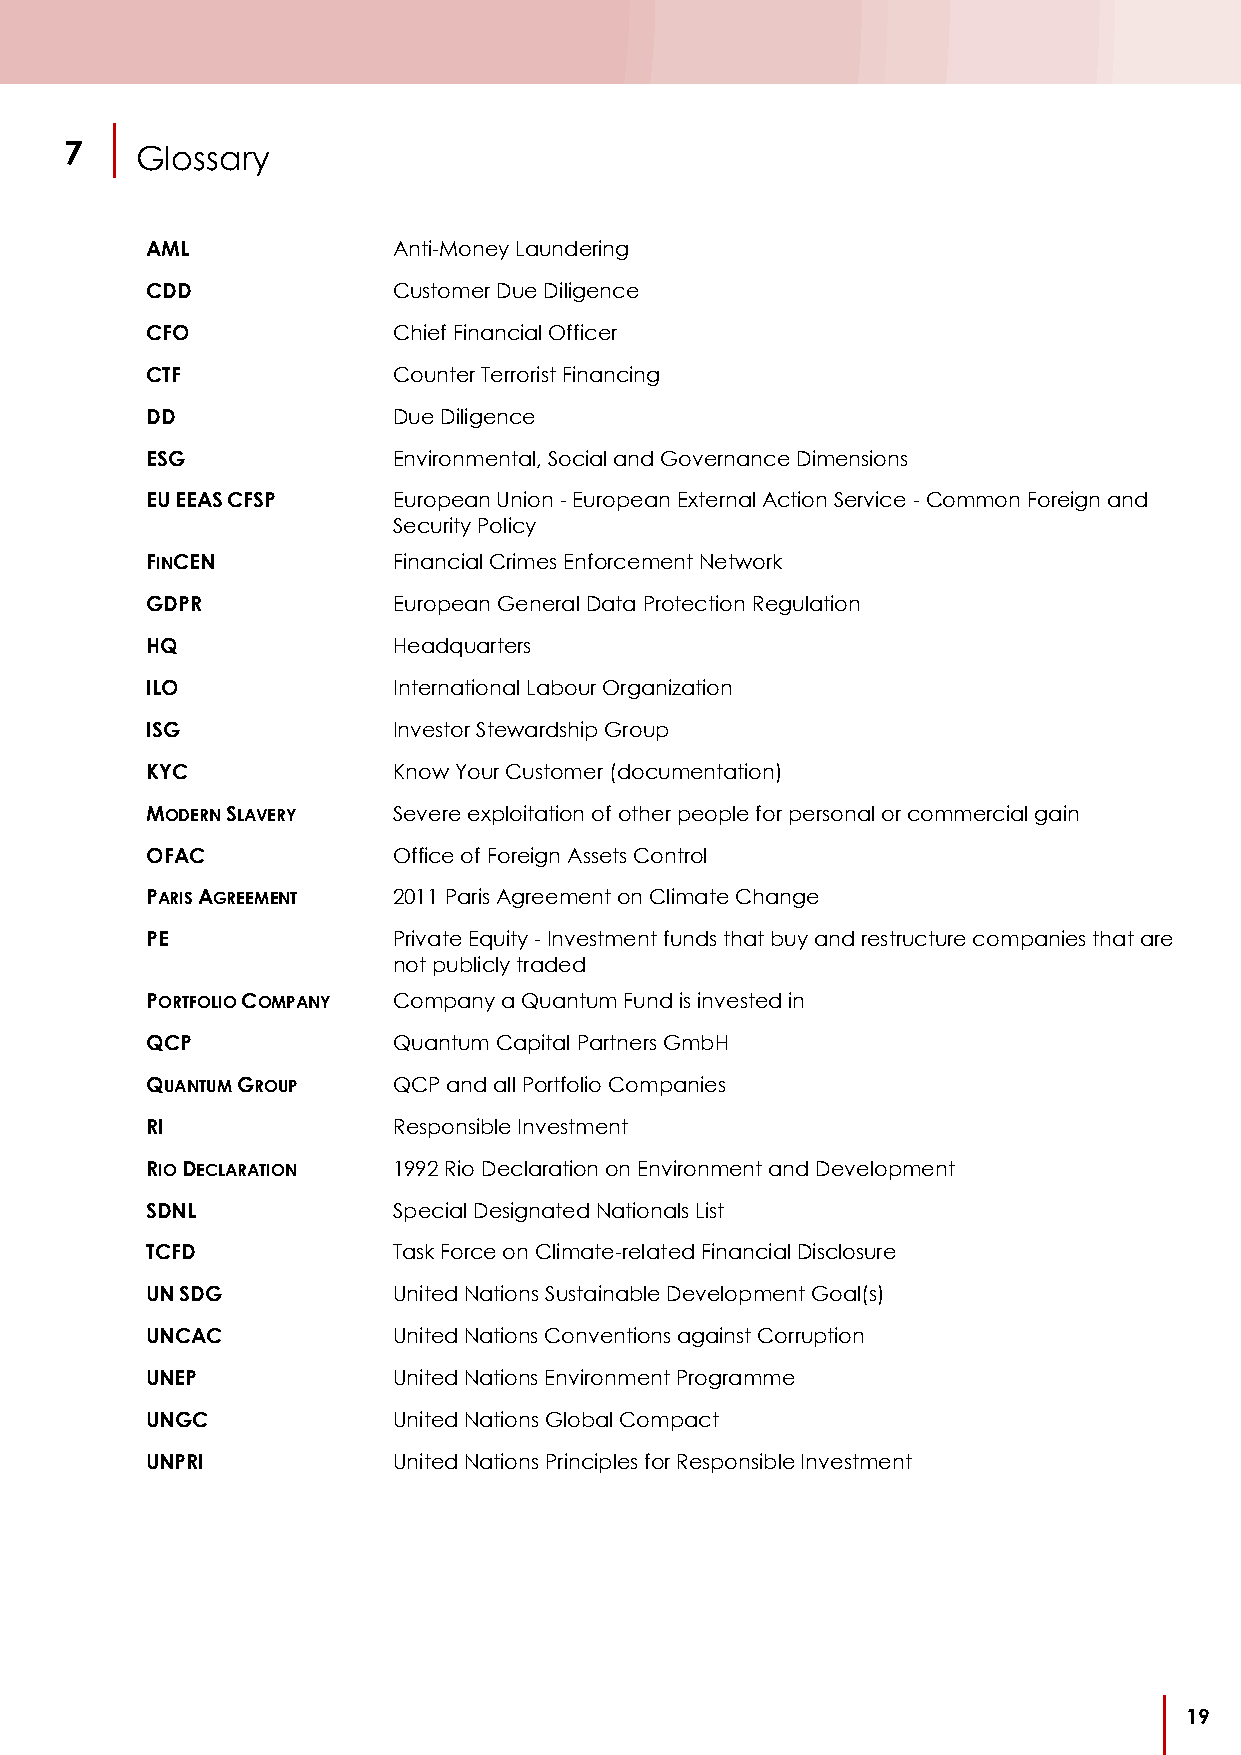
7    Glossary
 7
 AML             Anti-Money Laundering
 CDD             Customer Due Diligence
 CFO             Chief Financial Officer
 CTF             Counter Terrorist Financing
 DD              Due Diligence
 ESG             Environmental, Social and Governance Dimensions
 EU EEAS CFSP    European Union - European External Action Service - Common Foreign and
 Security Policy
 FINCEN          Financial Crimes Enforcement Network
 GDPR            European General Data Protection Regulation
 HQ              Headquarters
 ILO             International Labour Organization
 ISG             Investor Stewardship Group
 KYC             Know Your Customer (documentation)
 MODERN SLAVERY  Severe exploitation of other people for personal or commercial gain
 OFAC            Office of Foreign Assets Control
 PARIS AGREEMENT 2011 Paris Agreement on Climate Change
 PE              Private Equity - Investment funds that buy and restructure companies that are
 not publicly traded
 PORTFOLIO COMPANY Company a Quantum Fund is invested in
 QCP             Quantum Capital Partners GmbH
 QUANTUM GROUP   QCP and all Portfolio Companies
 RI              Responsible Investment
 RIO DECLARATION 1992 Rio Declaration on Environment and Development
 SDNL            Special Designated Nationals List
 TCFD            Task Force on Climate-related Financial Disclosure
 UN SDG          United Nations Sustainable Development Goal(s)
 UNCAC           United Nations Conventions against Corruption
 UNEP            United Nations Environment Programme
 UNGC            United Nations Global Compact
 UNPRI           United Nations Principles for Responsible Investment
 19